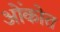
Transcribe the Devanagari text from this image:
ओंकोत